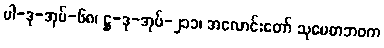
ပါ-ဒု-အုပ်-၆၈၊ ဋ္ဌ-ဒု-အုပ်-၂၁၁၊ အလောင်းတော် သုမေဓာဘဝက